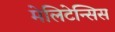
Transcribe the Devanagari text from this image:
मेलिटेन्सिस